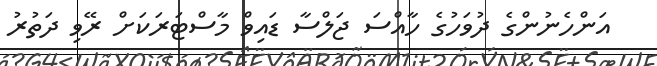
އަންހެނުންގެ ދުވަހުގެ ހާއްސަ ޖަލްސާ ޑައިވް މާސްޓަރަކަށް ރޭވި ދަތުރު